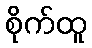
စိုက်ထူ